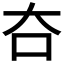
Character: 夻